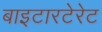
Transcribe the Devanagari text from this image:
बाइटारटेरेट